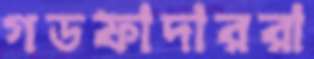
গডফাদাররা